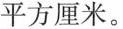
平方厘米。